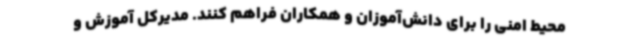
محیط امنی را برای دانش‌آموزان و همکاران فراهم کنند. مدیرکل آموزش و